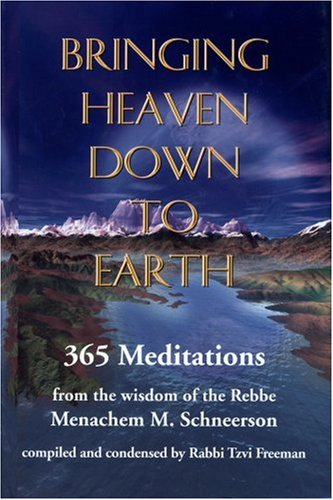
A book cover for Bringing Heaven Down to Earth: 365 Meditations of the Rebbe; Rabbi Menachem M. Schneerson; Religion & Spirituality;